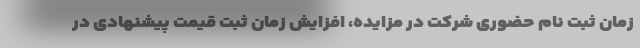
زمان ثبت نام حضوری شرکت در مزایده، افزایش زمان ثبت قیمت پیشنهادی در